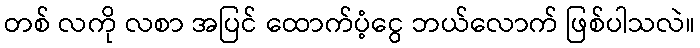
တစ် လကို လစာ အပြင် ထောက်ပံ့ငွေ ဘယ်လောက် ဖြစ်ပါသလဲ။